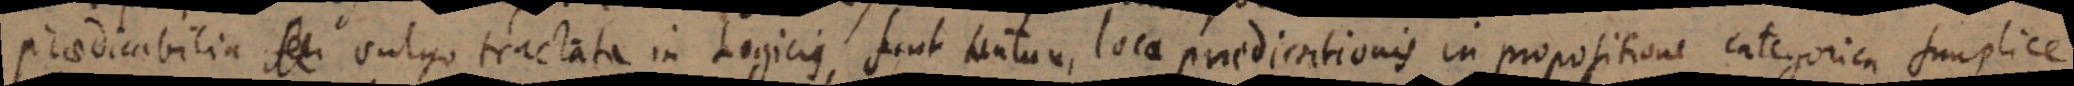
Praedicabilia seu vulgo tractata in Logicis, sunt tantum loca praedicationis in propositione categorica simplice.